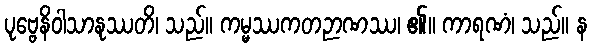
ပုဗ္ဗေနိဝါသာနုဿတိ၊ သည်။ ကမ္မဿကတဉာဏဿ၊ ၏။ ကာရဏံ၊ သည်။ န